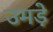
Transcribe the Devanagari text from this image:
उमड़े